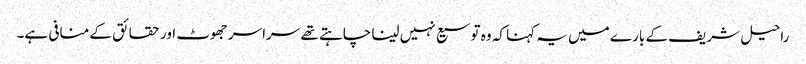
راحیل شریف کے بارے میں یہ کہنا کہ وہ توسیع نہیں لینا چاہتے تھے سراسر جھوٹ اور حقائق کے منافی ہے۔